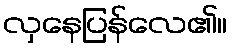
လှနေပြန်လေ၏။